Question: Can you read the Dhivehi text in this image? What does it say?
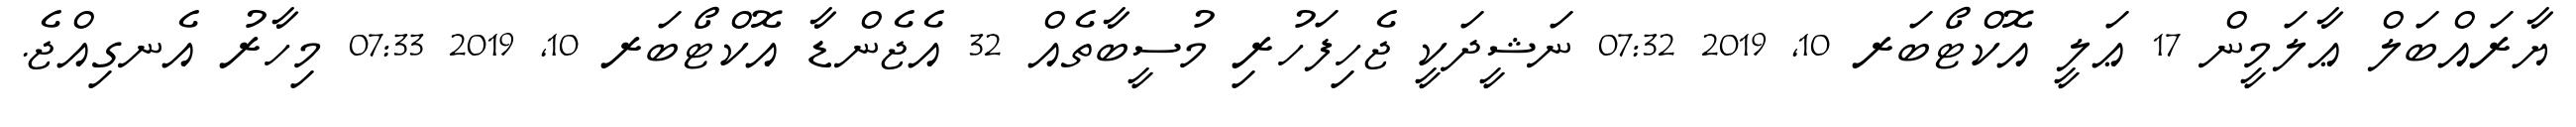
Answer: ޔާރައްބަލް ޢާލަމީން 17 ޢަލީ އޮކްޓޯބަރ 10, 2019 07:32 ނަޝީދަކީ ޖެހިފަހުރި މުސީބާތެއް 32 އެޖެންޑާ އޮކްޓޯބަރ 10, 2019 07:33 މިހާރު އެނގިއްޖެ.